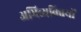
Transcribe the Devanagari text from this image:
अभिव्यक्‍तियों